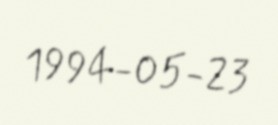
1994-05-23